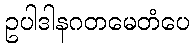
ဥပါဒါနဂတမေတံပေ